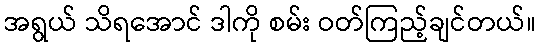
အရွယ် သိရအောင် ဒါကို စမ်း ဝတ်ကြည့်ချင်တယ်။